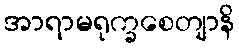
အာရာမရုက္ခစေတျာနိ